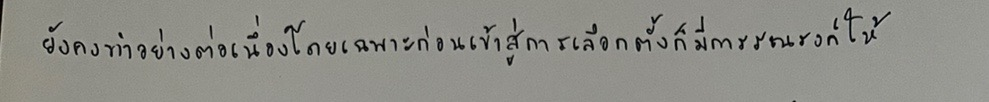
ยังคงทำอย่างต่อเนื่องโดยเฉพาะก่อนเข้าสู่การเลือกตั้งก็มีการรณรงค์ให้